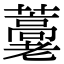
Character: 𧂕